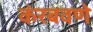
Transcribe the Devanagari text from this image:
कंरबवणे